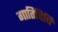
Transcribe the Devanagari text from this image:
गातिविधि